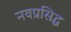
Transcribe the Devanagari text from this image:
नवप्रसिद्ध